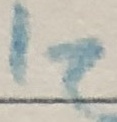
Text: I2